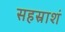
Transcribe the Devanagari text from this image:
सहस्राशं